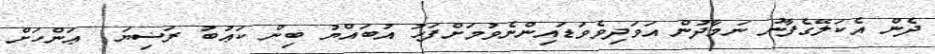
ދެން އެކަލޭގެފާނު ނަމާދުން އަވަދިވެވަޑައިންނެވުމަށްފަހު އުބައްޔު ބިން ކަޢުބު ރަޟިޔަ  ޢަންހަށް